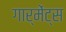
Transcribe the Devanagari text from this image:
गार्मेंट्स